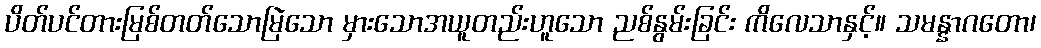
ပိတ်ပင်တားမြစ်တတ်သောမြဲသော မှားသောအယူတည်းဟူသော ညစ်နွမ်းခြင်း ကိလေသာနှင့်။ သမန္နာဂတော၊